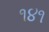
૧૪૧